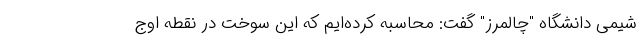
شیمی دانشگاه "چالمرز" گفت: محاسبه کرده‌ایم که این سوخت در نقطه اوج